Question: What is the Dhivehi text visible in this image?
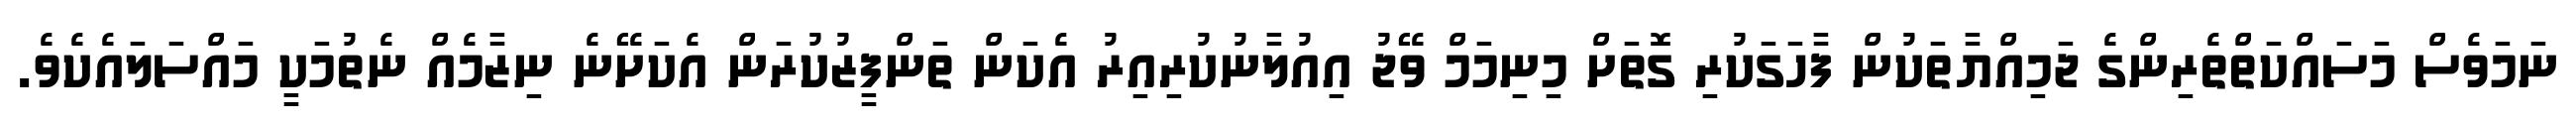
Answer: ނަމަވެސް މަސައްކަތްތެރިންގެ ޖަމިއްޔާތަކުން ފާހަގަކުރި ގޮތަށް މިނިމަމް ވޭޖު އިއުލާނުކުރިއިރު އެކަން ތަންފީޒުކުރަން އެކަށޭނެ ނިޒާމެއް ނެތުމަކީ މައްސަލައެކެވެ.